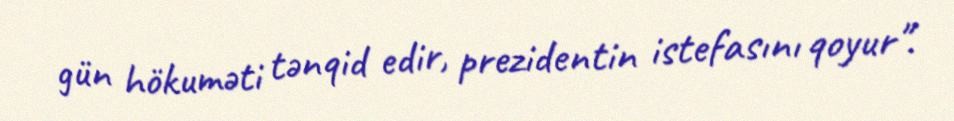
gün hökuməti tənqid edir, prezidentin istefasını qoyur".